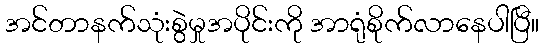
အင်တာနက်သုံးစွဲမှုအပိုင်းကို အာရုံစိုက်လာနေပါပြီ။